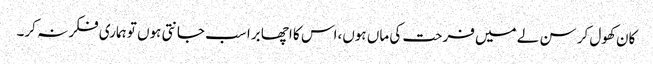
کان کھول کر سن لے میں فرحت کی ماں ہوں،اس کا اچھا برا سب جانتی ہوں تو ہماری فکر نہ کر۔